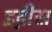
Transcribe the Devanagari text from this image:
इद्गीस